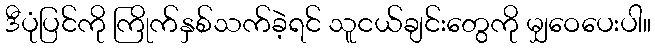
ဒီပုံပြင်ကို ကြိုက်နှစ်သက်ခဲ့ရင် သူငယ်ချင်းတွေကို မျှဝေပေးပါ။